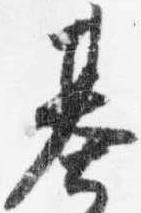
基